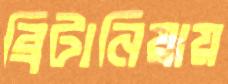
ব্রিটানিয়ায়